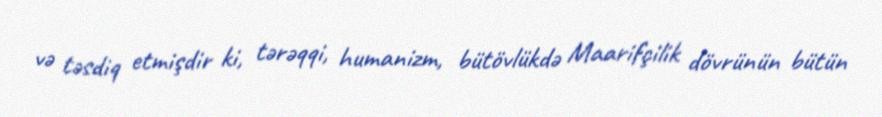
və təsdiq etmişdir ki, tərəqqi, humanizm, bütövlükdə Maarifçilik dövrünün bütün